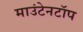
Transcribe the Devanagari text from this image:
माउंटेनटॉप